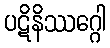
ပဋိနိဿဂ္ဂေါ